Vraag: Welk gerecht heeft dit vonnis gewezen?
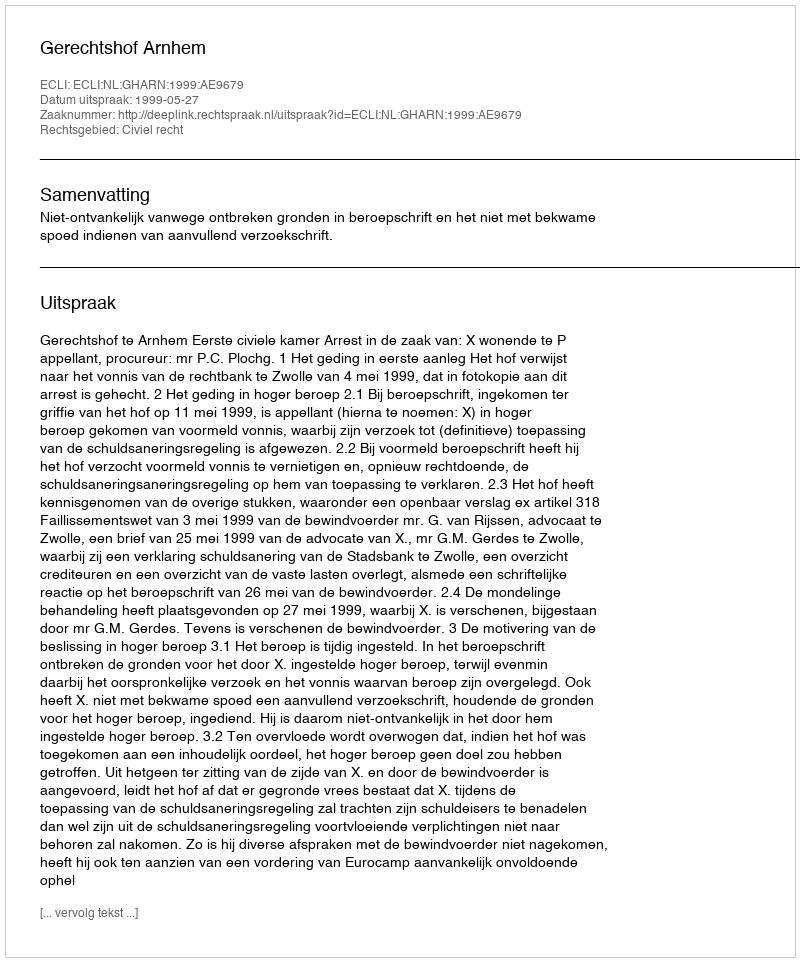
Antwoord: Gerechtshof Arnhem